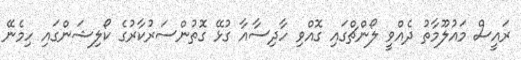
ރައީސް މައުލޫމާތު ދެއްވީ ލޯންޗްގައި ގޮއްވި ހާދިސާއާ ގުޅޭ ގޮތުންސަރުކާރުގެ ކޯލިޝަންގައި ހިމެނޭ